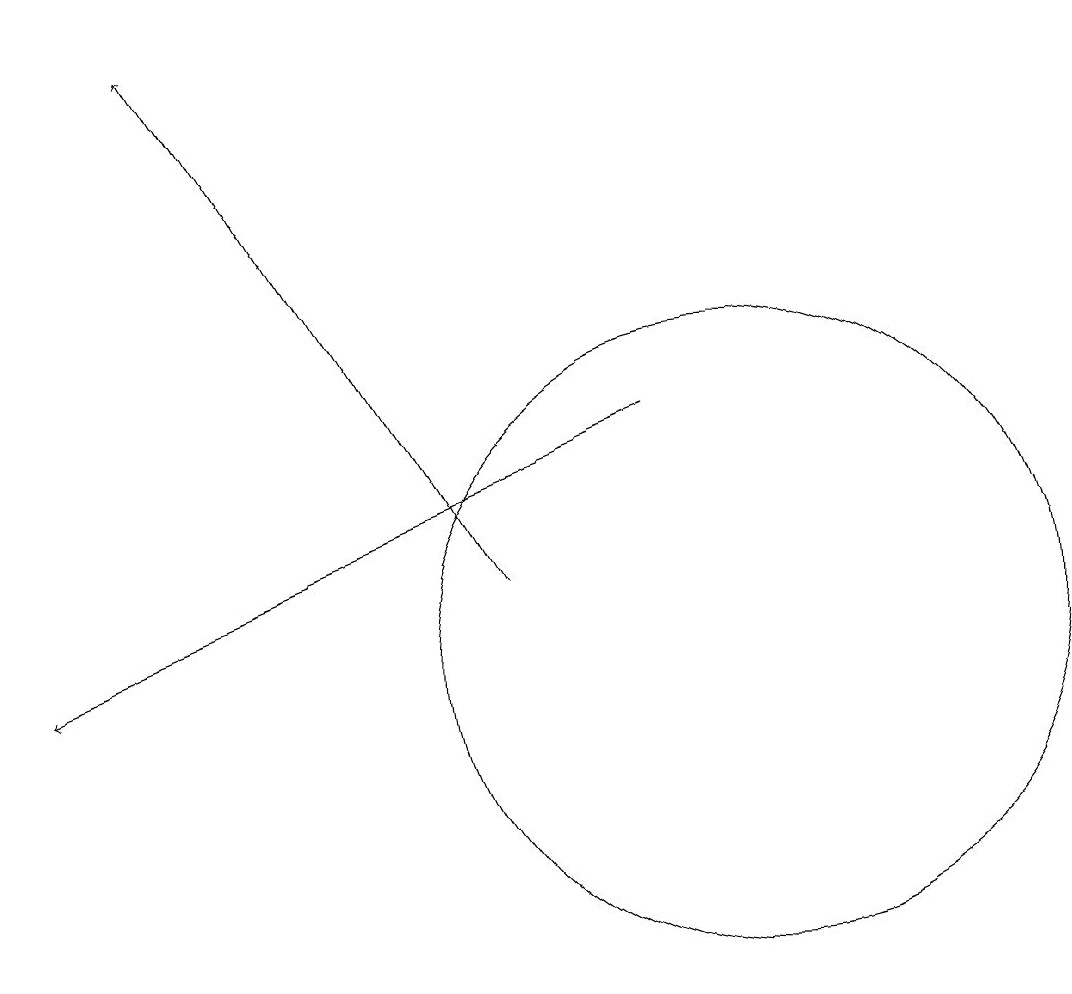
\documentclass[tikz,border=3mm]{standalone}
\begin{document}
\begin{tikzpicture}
\draw (12,11) circle (0);
\draw (10,11) circle (4);
\draw[->] (9,14) -- (1,11);
\draw[->] (7,12) -- (3,19);
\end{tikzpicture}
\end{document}